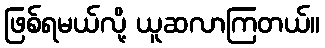
ဖြစ်ရမယ်လို့ ယူဆလာကြတယ်။